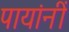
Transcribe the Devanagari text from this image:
पायांनीं